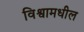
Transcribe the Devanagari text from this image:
विश्वामधील